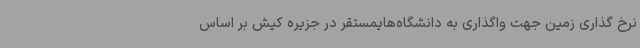
نرخ گذاری زمین جهت واگذاری به دانشگاه‌هایمستقر در جزیره کیش بر اساس